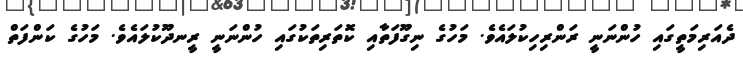
ދެއަރިމަތީގައި ހުންނަނީ ރަންރިހިކުލައެވެ. މަހުގެ ނިގޫފަތާއި ކޮތަރިތަކުގައި ހުންނަނީ ރީނދޫކުލައެވެ. މަހުގެ ކަންފަތް